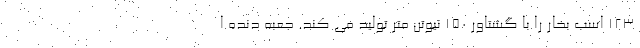
۱۲۳ اسب بخار را با گشتاور ۱۵۰ نیوتن متر تولید می کند. جعبه دنده ا